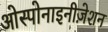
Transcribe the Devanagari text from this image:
ओस्पोनाइनीज़ेशन